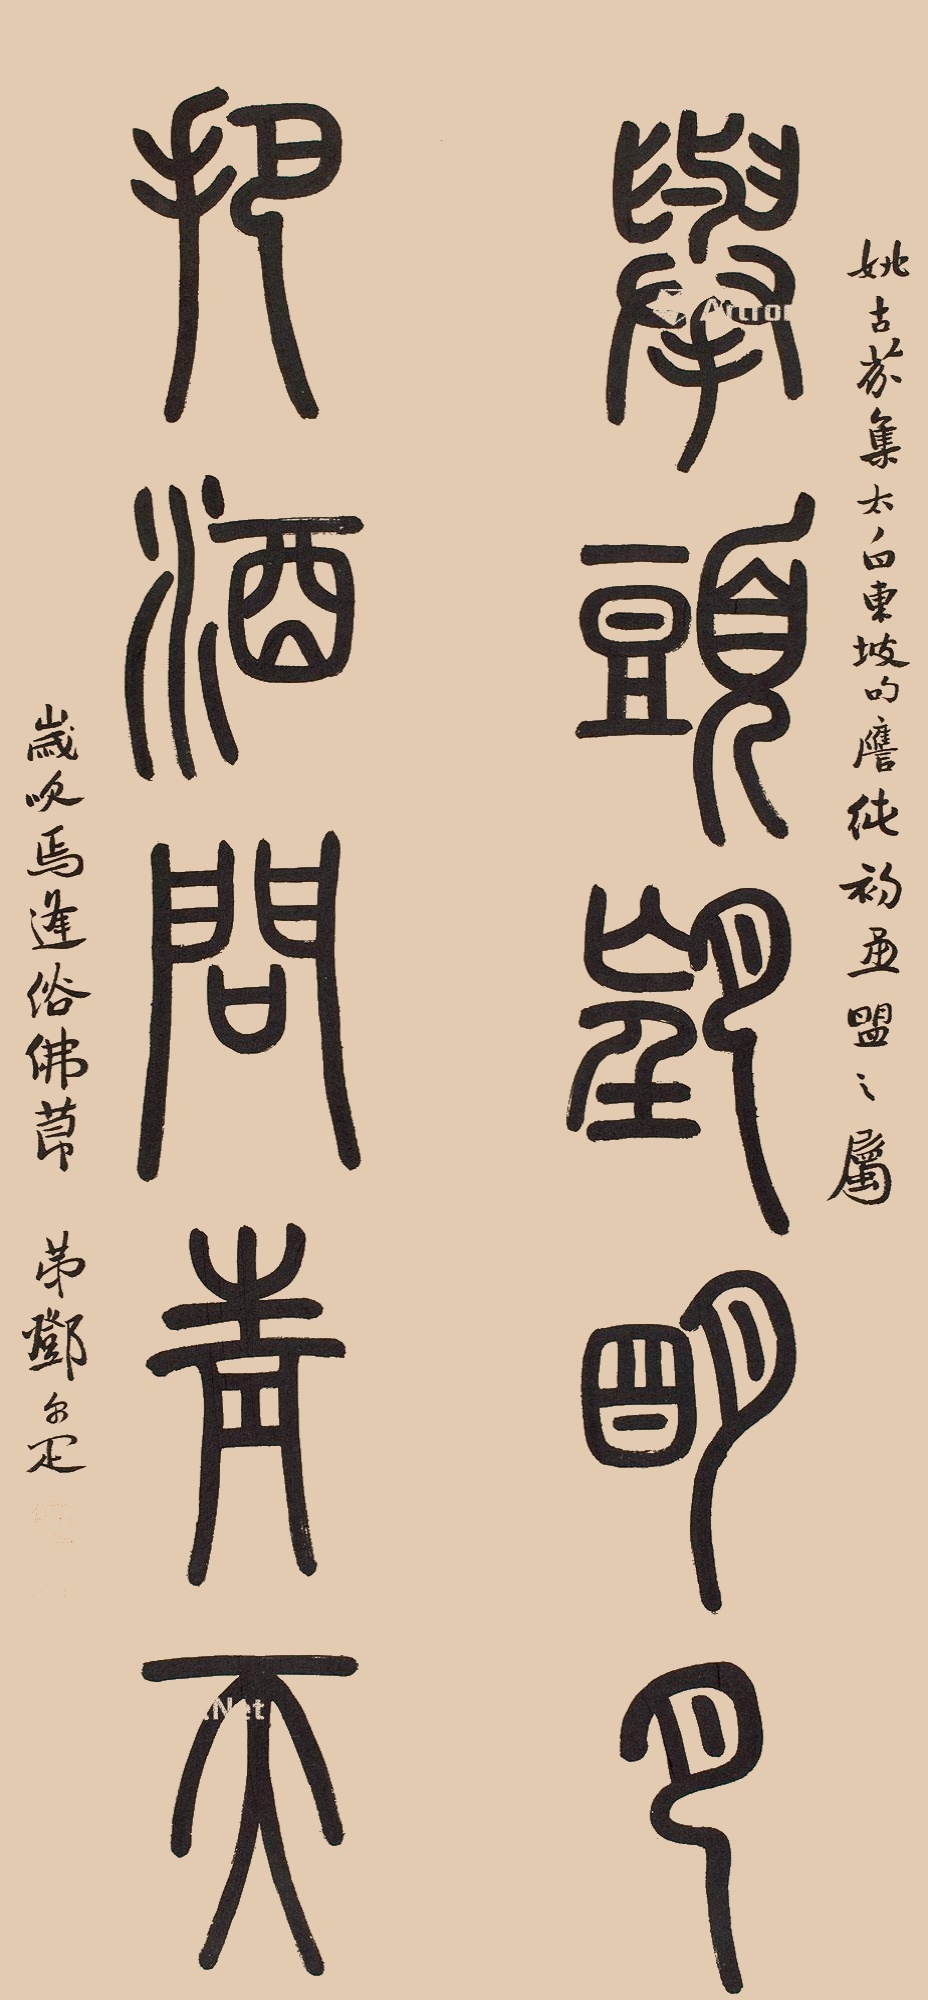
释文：举头望明月，把酒问青天。姚古芬集太白、东坡句譍纯初画盟之属。岁次焉逢浴佛节，弟邓尔疋。